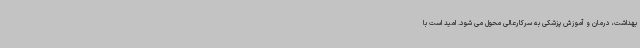
بهداشت، درمان و آموزش پزشکی به سرکارعالی محول می شود. امید است با